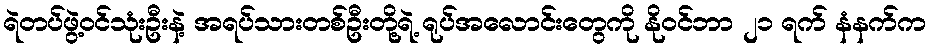
ရဲတပ်ဖွဲ့ဝင်သုံးဦးနဲ့ အရပ်သားတစ်ဦးတို့ရဲ့ ရုပ်အလောင်းတွေကို နိုဝင်ဘာ ၂၁ ရက် နံနက်က